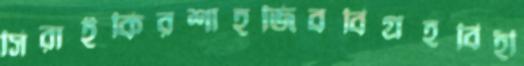
সিরাইকিরশাহজিববিগ্রহবিহী